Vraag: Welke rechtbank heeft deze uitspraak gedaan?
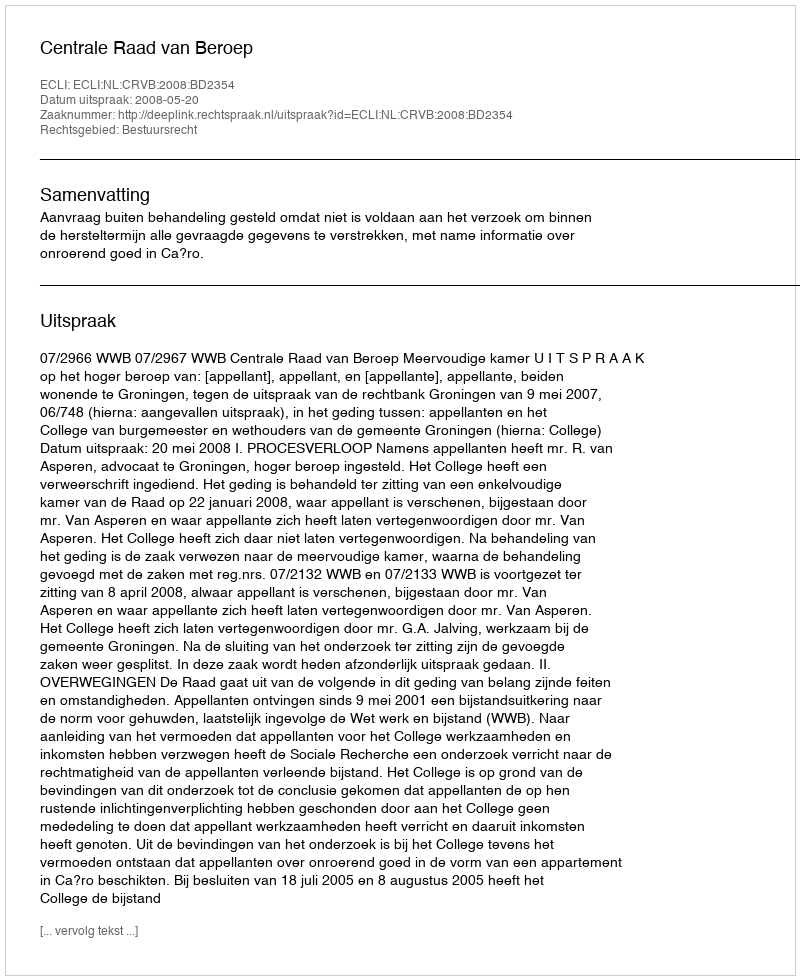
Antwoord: Centrale Raad van Beroep